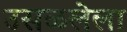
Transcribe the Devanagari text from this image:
उसळलेला